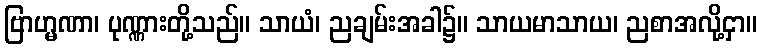
ဗြာဟ္မဏာ၊ ပုဏ္ဏားတို့သည်။ သာယံ၊ ညချမ်းအခါ၌။ သာယမာသာယ၊ ညစာအလို့ငှာ။